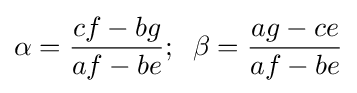
\alpha ={\frac {cf-bg}{af-be}};\;\;\beta ={\frac {ag-ce}{af-be}}